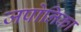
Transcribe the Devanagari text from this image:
जपोनिका